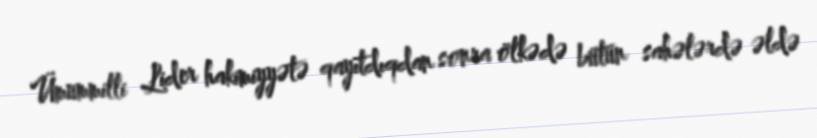
Ümummilli Lider hakimiyyətə qayıtdıqdan sonra ölkədə bütün sahələrdə əldə